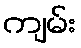
ကျမ်း